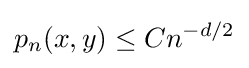
p_{n}(x,y)\leq Cn^{-d/2}